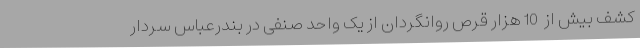
کشف بیش از  10 هزار قرص روانگردان از یک واحد صنفی در بندرعباس سردار